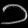
Digit: ၁